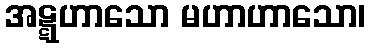
အဋ္ဋဟာသော မဟာဟာသော၊